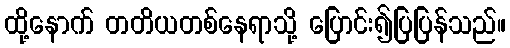
ထို့နောက် တတိယတစ်နေရာသို့ ပြောင်း၍ပြပြန်သည်။